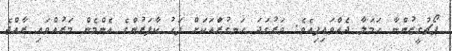
ޕޯޗުގީޒުންނާ ހަމަލާ ދެއްވައިފިއެވެ. ވަރުގަދަ ހަނގުރާައަކަށް ފަަހު ކާފަރުންގެ އެންމެން މަރުއްވައި ރާއްޖެ